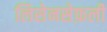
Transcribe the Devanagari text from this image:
लिसेनसेफ़ली